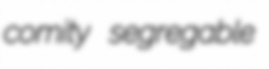
comity segregable